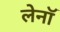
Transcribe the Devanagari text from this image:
लेनॉ